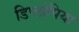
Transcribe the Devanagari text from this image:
डिप्लोपिया